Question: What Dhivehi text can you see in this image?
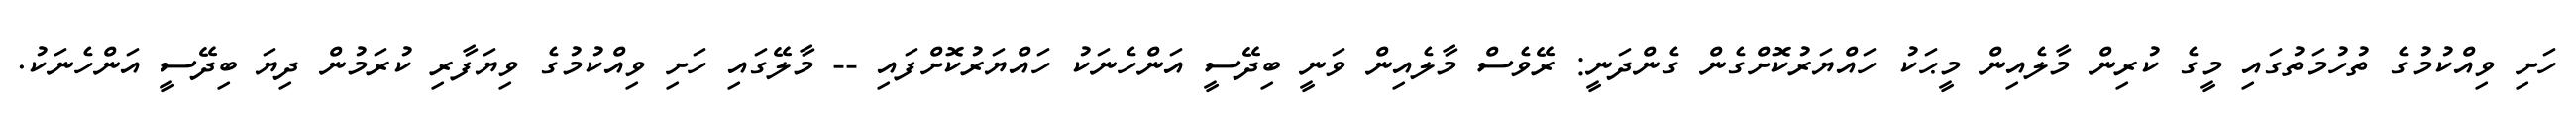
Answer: ހަށި ވިއްކުމުގެ ތުހުމަތުގައި މީގެ ކުރިން މާލެއިން މީޙަކު ހައްޔަރުކޮށްގެން ގެންދަނީ: ރޭވެސް މާލެއިން ވަނީ ބިދޭސީ އަންހެނަކު ހައްޔަރުކޮށްފައި -- މާލޭގައި ހަށި ވިއްކުމުގެ ވިޔަފާރި ކުރަމުން ދިޔަ ބިދޭސީ އަންހެނަކު.